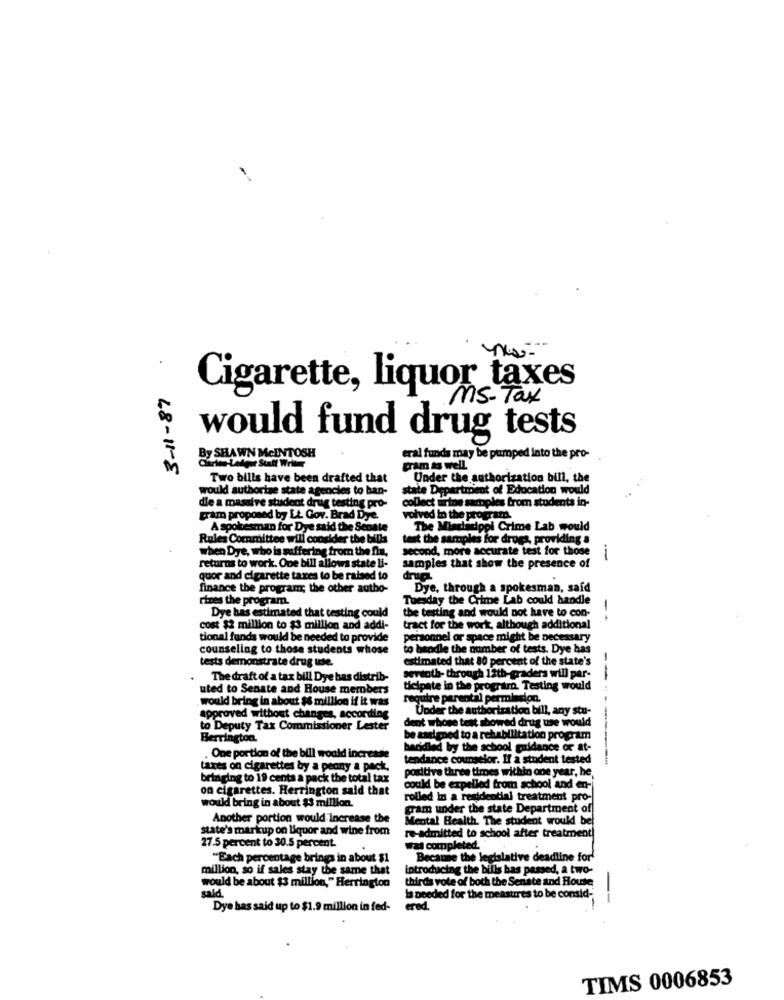
3-11-87
Cigarette, liquor taxes
ms - Tax
would fund drug tests
By SHAWN MCINTOSH
eral funda may be pumped into the pro-
pram as well.
Two bills have been drafted that
Under the authorization bill, the
would authorize state agencies to ban-
partment of Education would
die a massive shadeot drug testing pro-
collect arios samples from students in-
gram proponed by Lt. Gov. Brad Dye.
volved in the pre
A spokesman for Dye said the Senate
opi Crime Lab would
Rules Committee will consider the bills
test the samples for drugs, providing a
when Dye, who is suffering from the fin,
second, more accurate test for those
i
returns to work. One bill allows state li-
samples that show the presence of
quor and cigarette taxes to be raised to
drugi.
finance the program; the other autho-
Dye, through a spokesman, said
rizes the program.
Tuesday the Crime Lab could handle
the testing and would not have to con-
-
Dye has estimated that testing could
cost $2 million to $3 million and addi-
tract for the work, although additional
tional funds would be needed to provide
personnel or space might be necessary
counseling to those students whose
to handle the number of tests. Dye has
tests demonstrate drug use.
estimated that 80 percent of the state's
The draft of a tax bill Dye bas distrib-
versoth- through 12th-graders will per-
uted to Senate and House members
ticipate in the program. Testing would
would bring in about $6 million if it was
require parental permission.
coutre
Under the authorization bill, any stu-
approved without changes, according
dent whose test showed drug use would
to Deputy Tax Commissioner Lester
Berrington.
be assigned to a rehabilitation program
handled by the school guidance or at-
. One portion of the bill would increase
tendance counselor. If a student tested
taxes on cigarettes by a penny a pack,
positive three times within one year, he,
bringing to 19 cents a pack the total tax
on cigarettes. Herrington said that
could be expelled from school and en-
rolled In a residential treatment pro-
would bring in about $3 million.
gram under the state Department of
Another portion would Increase the
Mental Health. The student would be
state's markup on liquor and wine from
re-admitted to school after treatment!
27.5 percent to 30.5 percent.
Tal completed.
"Each percentage brings in about $1
Because the legislative deadline for
million, so if sales stay the same that
introducing the bills has passed, a two-
thirds vote of both the Senate and House
would be about $3 million," Herrington
said.
-
Is needed for the measures to be consid-
Dye has said up to $1.9 million in fed-
ered.
TIMS 0006853